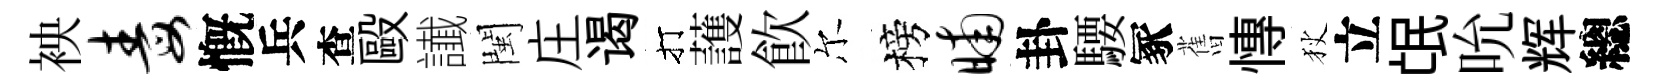
䘧毒慨兵查毆䜟閩庄谒打䕶飮尔榜晡卦騕冢𦾔慱狄立氓吮辉總